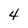
Character: 4